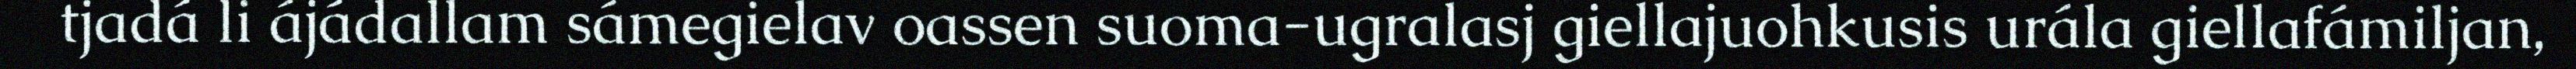
tjadá li ájádallam sámegielav oassen suoma-ugralasj giellajuohkusis urála giellafámiljan,